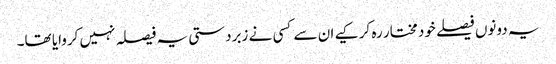
یہ دونوں فیصلے خود مختار رہ کر کیے ان سے کسی نے زبردستی یہ فیصلہ نہیں کروایا تھا۔